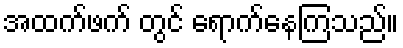
အထက်ဖက် တွင် ရောက်နေကြသည်။